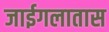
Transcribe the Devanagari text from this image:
जाईगलातास